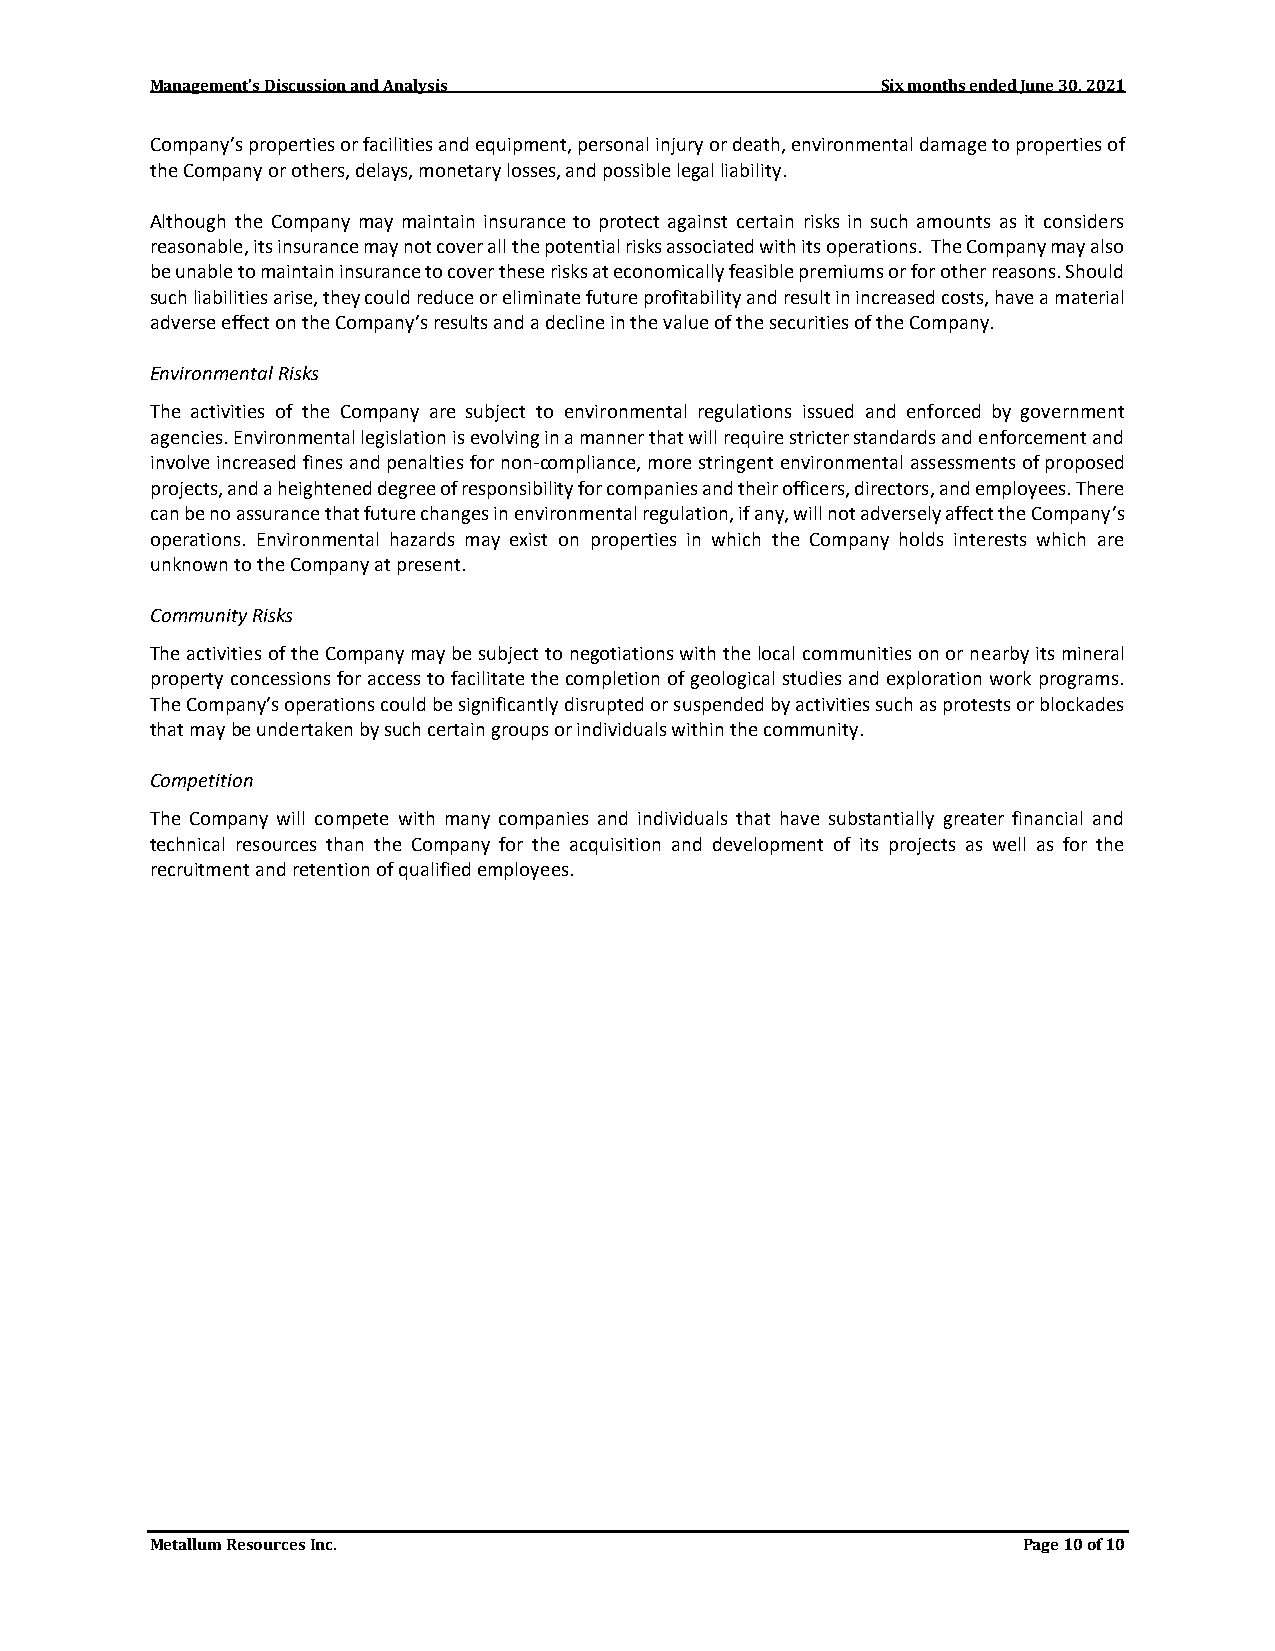
Management’s Discussion and Analysis            Six months ended June 30, 2021
 Company’s properties or facilities and equipment, personal injury or death, environmental damage to properties of
 the Company or others, delays, monetary losses, and possible legal liability.
 Although the Company may maintain insurance to protect against certain risks in such amounts as it considers
 reasonable, its insurance may not cover all the potential risks associated with its operations. The Company may also
 be unable to maintain insurance to cover these risks at economically feasible premiums or for other reasons. Should
 such liabilities arise, they could reduce or eliminate future profitability and result in increased costs, have a material
 adverse effect on the Company’s results and a decline in the value of the securities of the Company.
 Environmental Risks
 The activities of the Company are subject to environmental regulations issued and enforced by government
 agencies. Environmental legislation is evolving in a manner that will require stricter standards and enforcement and
 involve increased fines and penalties for non-compliance, more stringent environmental assessments of proposed
 projects, and a heightened degree of responsibility for companies and their officers, directors, and employees. There
 can be no assurance that future changes in environmental regulation, if any, will not adversely affect the Company’s
 operations. Environmental hazards may exist on properties in which the Company holds interests which are
 unknown to the Company at present.
 Community Risks
 The activities of the Company may be subject to negotiations with the local communities on or nearby its mineral
 property concessions for access to facilitate the completion of geological studies and exploration work programs.
 The Company’s operations could be significantly disrupted or suspended by activities such as protests or blockades
 that may be undertaken by such certain groups or individuals within the community.
 Competition
 The Company will compete with many companies and individuals that have substantially greater financial and
 technical resources than the Company for the acquisition and development of its projects as well as for the
 recruitment and retention of qualified employees.
 Metallum Resources Inc.                                   Page 10 of 10